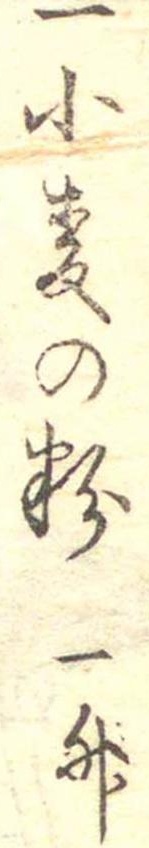
一小麦の粉一升